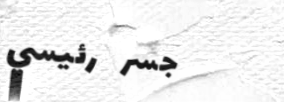
جسر رئيسي